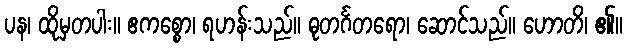
ပန၊ ထိုမှတပါး။ ဧကစ္စော၊ ရဟန်းသည်။ ဓုတင်္ဂတရော၊ ဆောင်သည်။ ဟောတိ၊ ၏။